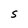
Character: S